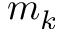
m _ { k }